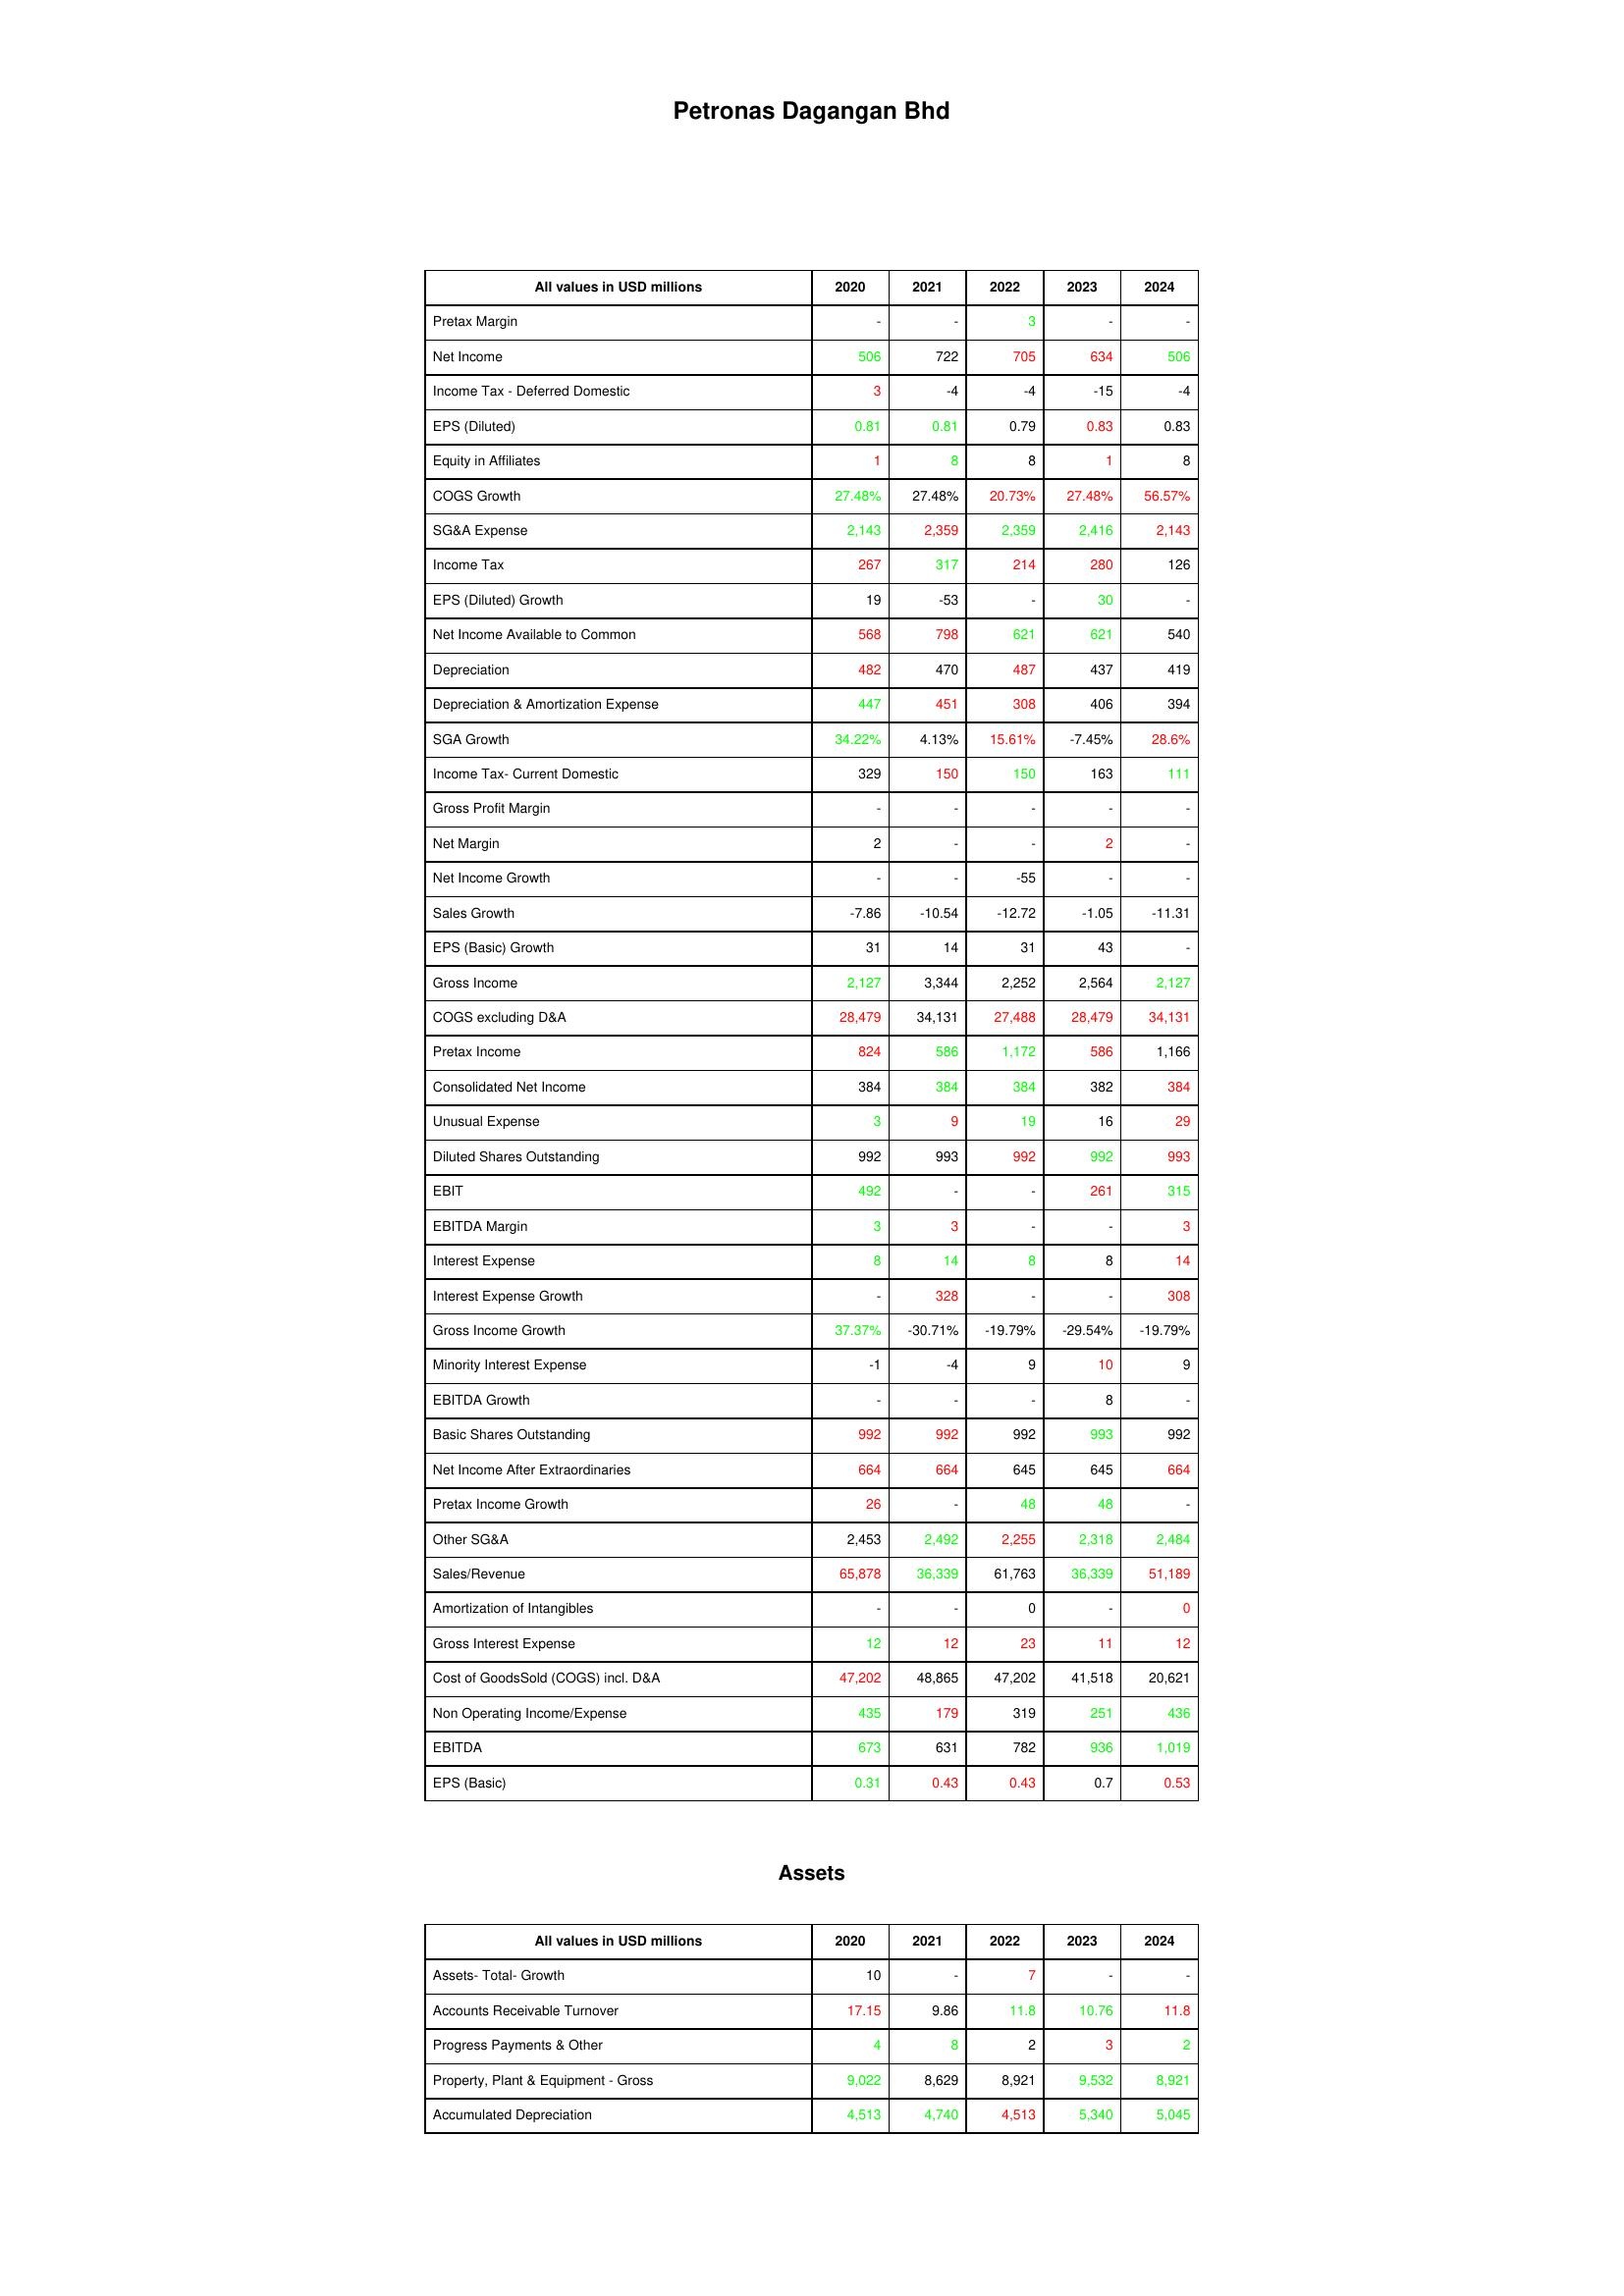
gt_parse: 2020: : Pretax Margin: -
Net Income: 506
Income Tax - Deferred Domestic: 3
EPS (Diluted): 0.81
Equity in Affiliates: 1
COGS Growth: 27.48%
SG&A Expense: 2,143
Income Tax: 267
EPS (Diluted) Growth: 19
Net Income Available to Common: 568
Depreciation: 482
Depreciation & Amortization Expense: 447
SGA Growth: 34.22%
Income Tax- Current Domestic: 329
Gross Profit Margin: -
Net Margin: 2
Net Income Growth: -
Sales Growth: -7.86
EPS (Basic) Growth: 31
Gross Income: 2,127
COGS excluding D&A: 28,479
Pretax Income: 824
Consolidated Net Income: 384
Unusual Expense: 3
Diluted Shares Outstanding: 992
EBIT: 492
EBITDA Margin: 3
Interest Expense: 8
Interest Expense Growth: -
Gross Income Growth: 37.37%
Minority Interest Expense: -1
EBITDA Growth: -
Basic Shares Outstanding: 992
Net Income After Extraordinaries: 664
Pretax Income Growth: 26
Other SG&A: 2,453
Sales/Revenue: 65,878
Amortization of Intangibles: -
Gross Interest Expense: 12
Cost of GoodsSold (COGS) incl. D&A: 47,202
Non Operating Income/Expense: 435
EBITDA: 673
EPS (Basic): 0.31
Assets: Assets- Total- Growth: 10
Accounts Receivable Turnover: 17.15
Progress Payments & Other: 4
Property, Plant & Equipment - Gross : 9,022
Accumulated Depreciation: 4,513
2021: : Pretax Margin: -
Net Income: 722
Income Tax - Deferred Domestic: -4
EPS (Diluted): 0.81
Equity in Affiliates: 8
COGS Growth: 27.48%
SG&A Expense: 2,359
Income Tax: 317
EPS (Diluted) Growth: -53
Net Income Available to Common: 798
Depreciation: 470
Depreciation & Amortization Expense: 451
SGA Growth: 4.13%
Income Tax- Current Domestic: 150
Gross Profit Margin: -
Net Margin: -
Net Income Growth: -
Sales Growth: -10.54
EPS (Basic) Growth: 14
Gross Income: 3,344
COGS excluding D&A: 34,131
Pretax Income: 586
Consolidated Net Income: 384
Unusual Expense: 9
Diluted Shares Outstanding: 993
EBIT: -
EBITDA Margin: 3
Interest Expense: 14
Interest Expense Growth: 328
Gross Income Growth: -30.71%
Minority Interest Expense: -4
EBITDA Growth: -
Basic Shares Outstanding: 992
Net Income After Extraordinaries: 664
Pretax Income Growth: -
Other SG&A: 2,492
Sales/Revenue: 36,339
Amortization of Intangibles: -
Gross Interest Expense: 12
Cost of GoodsSold (COGS) incl. D&A: 48,865
Non Operating Income/Expense: 179
EBITDA: 631
EPS (Basic): 0.43
Assets: Assets- Total- Growth: -
Accounts Receivable Turnover: 9.86
Progress Payments & Other: 8
Property, Plant & Equipment - Gross : 8,629
Accumulated Depreciation: 4,740
2022: : Pretax Margin: 3
Net Income: 705
Income Tax - Deferred Domestic: -4
EPS (Diluted): 0.79
Equity in Affiliates: 8
COGS Growth: 20.73%
SG&A Expense: 2,359
Income Tax: 214
EPS (Diluted) Growth: -
Net Income Available to Common: 621
Depreciation: 487
Depreciation & Amortization Expense: 308
SGA Growth: 15.61%
Income Tax- Current Domestic: 150
Gross Profit Margin: -
Net Margin: -
Net Income Growth: -55
Sales Growth: -12.72
EPS (Basic) Growth: 31
Gross Income: 2,252
COGS excluding D&A: 27,488
Pretax Income: 1,172
Consolidated Net Income: 384
Unusual Expense: 19
Diluted Shares Outstanding: 992
EBIT: -
EBITDA Margin: -
Interest Expense: 8
Interest Expense Growth: -
Gross Income Growth: -19.79%
Minority Interest Expense: 9
EBITDA Growth: -
Basic Shares Outstanding: 992
Net Income After Extraordinaries: 645
Pretax Income Growth: 48
Other SG&A: 2,255
Sales/Revenue: 61,763
Amortization of Intangibles: 0
Gross Interest Expense: 23
Cost of GoodsSold (COGS) incl. D&A: 47,202
Non Operating Income/Expense: 319
EBITDA: 782
EPS (Basic): 0.43
Assets: Assets- Total- Growth: 7
Accounts Receivable Turnover: 11.8
Progress Payments & Other: 2
Property, Plant & Equipment - Gross : 8,921
Accumulated Depreciation: 4,513
2023: : Pretax Margin: -
Net Income: 634
Income Tax - Deferred Domestic: -15
EPS (Diluted): 0.83
Equity in Affiliates: 1
COGS Growth: 27.48%
SG&A Expense: 2,416
Income Tax: 280
EPS (Diluted) Growth: 30
Net Income Available to Common: 621
Depreciation: 437
Depreciation & Amortization Expense: 406
SGA Growth: -7.45%
Income Tax- Current Domestic: 163
Gross Profit Margin: -
Net Margin: 2
Net Income Growth: -
Sales Growth: -1.05
EPS (Basic) Growth: 43
Gross Income: 2,564
COGS excluding D&A: 28,479
Pretax Income: 586
Consolidated Net Income: 382
Unusual Expense: 16
Diluted Shares Outstanding: 992
EBIT: 261
EBITDA Margin: -
Interest Expense: 8
Interest Expense Growth: -
Gross Income Growth: -29.54%
Minority Interest Expense: 10
EBITDA Growth: 8
Basic Shares Outstanding: 993
Net Income After Extraordinaries: 645
Pretax Income Growth: 48
Other SG&A: 2,318
Sales/Revenue: 36,339
Amortization of Intangibles: -
Gross Interest Expense: 11
Cost of GoodsSold (COGS) incl. D&A: 41,518
Non Operating Income/Expense: 251
EBITDA: 936
EPS (Basic): 0.7
Assets: Assets- Total- Growth: -
Accounts Receivable Turnover: 10.76
Progress Payments & Other: 3
Property, Plant & Equipment - Gross : 9,532
Accumulated Depreciation: 5,340
2024: : Pretax Margin: -
Net Income: 506
Income Tax - Deferred Domestic: -4
EPS (Diluted): 0.83
Equity in Affiliates: 8
COGS Growth: 56.57%
SG&A Expense: 2,143
Income Tax: 126
EPS (Diluted) Growth: -
Net Income Available to Common: 540
Depreciation: 419
Depreciation & Amortization Expense: 394
SGA Growth: 28.6%
Income Tax- Current Domestic: 111
Gross Profit Margin: -
Net Margin: -
Net Income Growth: -
Sales Growth: -11.31
EPS (Basic) Growth: -
Gross Income: 2,127
COGS excluding D&A: 34,131
Pretax Income: 1,166
Consolidated Net Income: 384
Unusual Expense: 29
Diluted Shares Outstanding: 993
EBIT: 315
EBITDA Margin: 3
Interest Expense: 14
Interest Expense Growth: 308
Gross Income Growth: -19.79%
Minority Interest Expense: 9
EBITDA Growth: -
Basic Shares Outstanding: 992
Net Income After Extraordinaries: 664
Pretax Income Growth: -
Other SG&A: 2,484
Sales/Revenue: 51,189
Amortization of Intangibles: 0
Gross Interest Expense: 12
Cost of GoodsSold (COGS) incl. D&A: 20,621
Non Operating Income/Expense: 436
EBITDA: 1,019
EPS (Basic): 0.53
Assets: Assets- Total- Growth: -
Accounts Receivable Turnover: 11.8
Progress Payments & Other: 2
Property, Plant & Equipment - Gross : 8,921
Accumulated Depreciation: 5,045